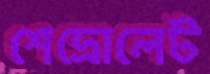
শেভ্রোলেট